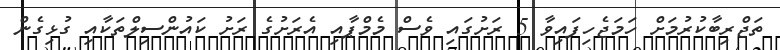
ތަޖްރިބާކުރުމަށް ހަމަޖެހިފައިވާ 5 ރަށުގައި ވެސް މެމްޕާއި އެރަށުގެ ރަށު ކައުންސިލްތަކާއި ގުޅިގެން